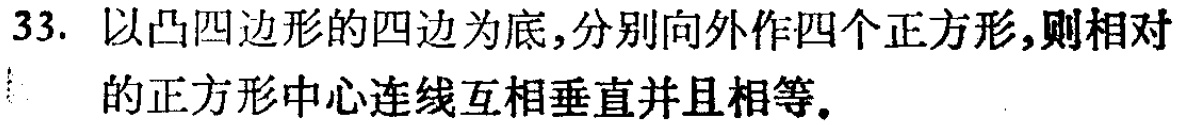
33. 以凸四边形的四边为底,分别向外作四个正方形,则相对的正方形中心连线互相垂直并且相等.